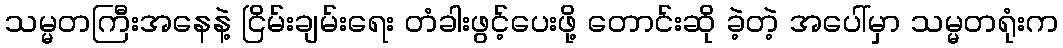
သမ္မတကြီးအနေနဲ့ ငြိမ်းချမ်းရေး တံခါးဖွင့်ပေးဖို့ တောင်းဆို ခဲ့တဲ့ အပေါ်မှာ သမ္မတရုံးက